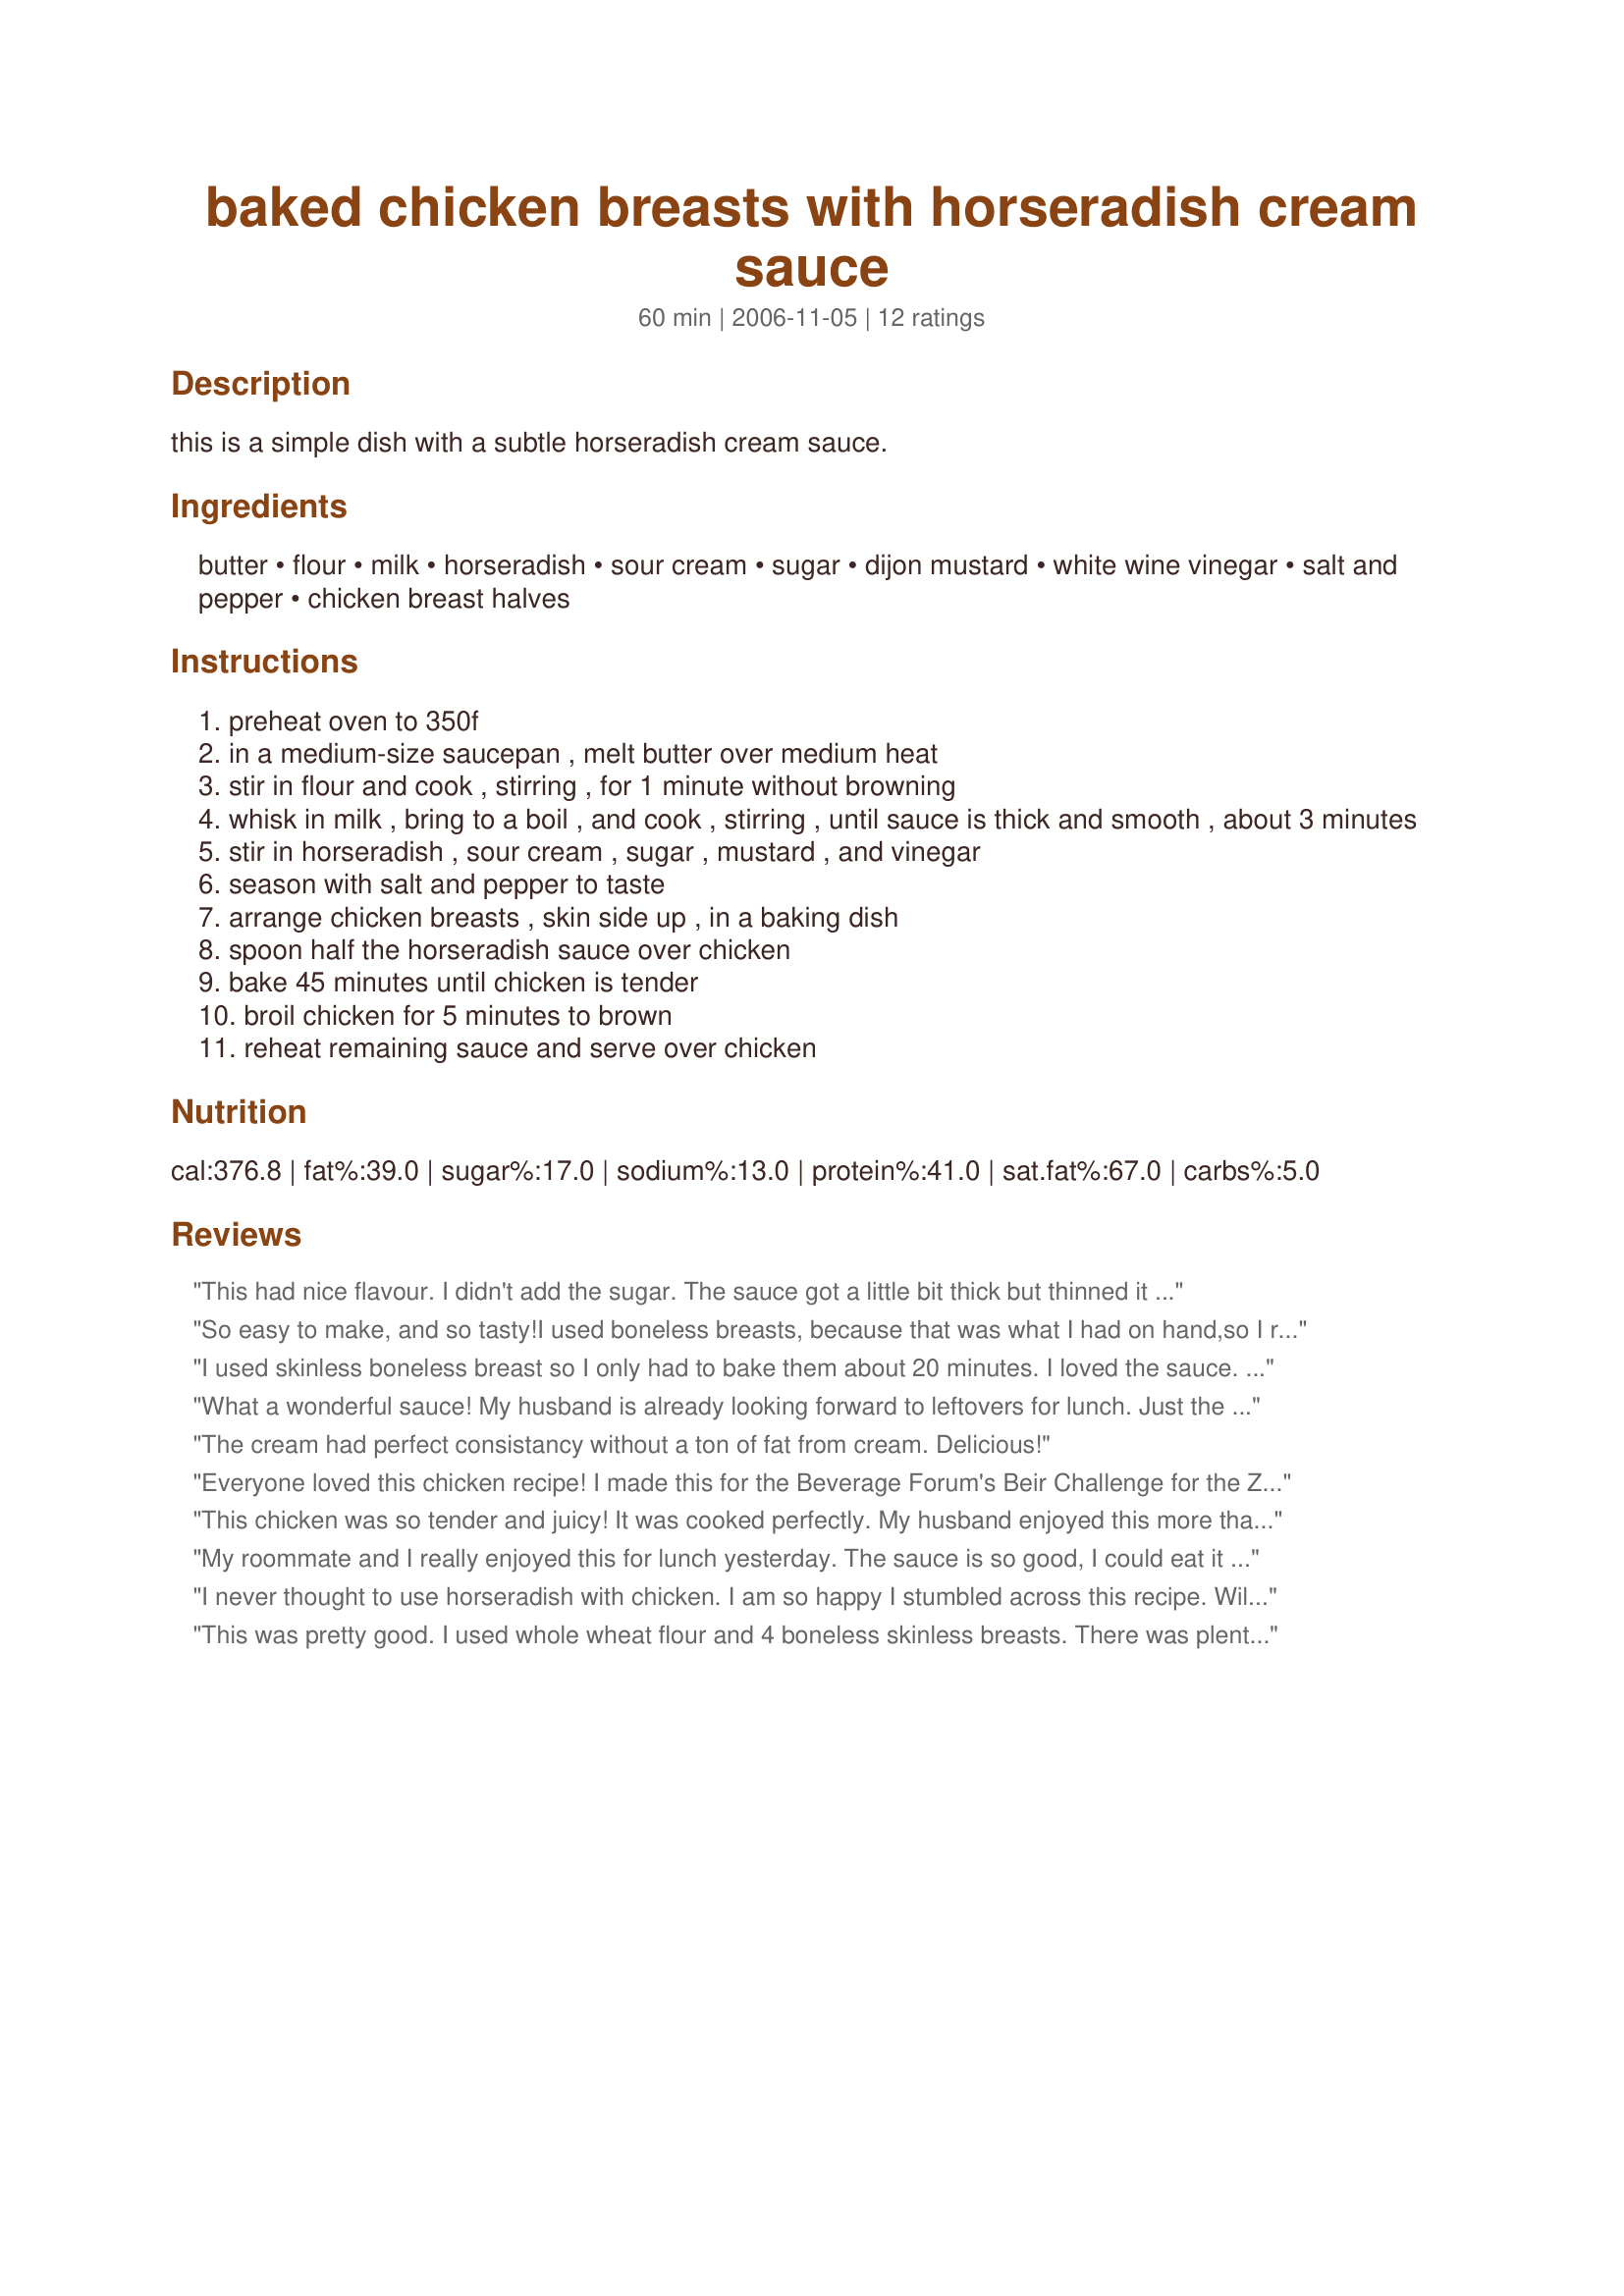
baked chicken breasts with horseradish cream sauce
Preparation time: 60 minutes

this is a simple dish with a subtle horseradish cream sauce.

Ingredients:
butter, flour, milk, horseradish, sour cream, sugar, dijon mustard, white wine vinegar, salt and pepper, chicken breast halves

Steps:
preheat oven to 350f
in a medium-size saucepan , melt butter over medium heat
stir in flour and cook , stirring , for 1 minute without browning
whisk in milk , bring to a boil , and cook , stirring , until sauce is thick and smooth , about 3 minutes
stir in horseradish , sour cream , sugar , mustard , and vinegar
season with salt and pepper to taste
arrange chicken breasts , skin side up , in a baking dish
spoon half the horseradish sauce over chicken
bake 45 minutes until chicken is tender
broil chicken for 5 minutes to brown
reheat remaining sauce and serve over chicken

Reviews:
This had nice flavour. I didn't add the sugar. The sauce got a little bit thick but thinned it out with a bit more milk. Nice meal on a cold day. I think next time I'll try it with a dry white wine instead of white wine vinegar.
So easy to make, and so tasty!I used boneless breasts, because that was what I had on hand,so I reduced the cooking time a bit. We love horseradish,and the hint of Dijon, compliments it perfectly.My sauce was a bit thck, so next time(and there will be a next time) I may use Heavy cream instead of milk, and cut back on the flour.Thanks lazyme, we will have this again! DH wants to try the sauce on steak!
I used skinless boneless breast so I only had to bake them about 20 minutes. I loved the sauce. It has a great kick to it without being overwhelming.
Thanks Lazyme!
What a wonderful sauce! My husband is already looking forward to leftovers for lunch. Just the right amount of everything for a beautiful flavor. Served this with mashed potatoes and it was great. Thanks for posting!
The cream had perfect consistancy without a ton of fat from cream. Delicious!
Everyone loved this chicken recipe! I made this for the Beverage Forum's Beir Challenge for the Zaar World Tour 4 so I used Vermouth instead of white wine vinegar. I followed everything else to the letter! The sauce was simply wonderful! We are big fans of horseradish so I used fresh horseradish instead of store-bought horseradish cream. Every bite was delightful. Our 6 year old devoured every last bite! Thanks lazyme!
This chicken was so tender and juicy! It was cooked perfectly. My husband enjoyed this more than I did...but he likes horseradish, I don't. (Gotta make stuff the hubby likes every once in a while ;) ) I was expecting to not like it at all, but it was better than I imagined it would be! From my husband, a horseradish lover, this chicken gets 4 stars :) Thanks for posting. Made for "I Recommend Tag Game"
My roommate and I really enjoyed this for lunch yesterday. The sauce is so good, I could eat it with a spoon! :) I am so glad I boiled up some pasta to serve with it, because it was so yummy with the sauce. I used one really big boneless skinless chicken breast, and ended up baking it for 30, using a probe thermometer to keep an eye on it. Thanks for posting! Made for ZWT4.
I never thought to use horseradish with chicken. I am so happy I stumbled across this recipe. Will be using it again and again.
This was pretty good. I used whole wheat flour and 4 boneless skinless breasts. There was plenty of sauce for 4 breasts instead of just 2. I skipped the broiling step. The sauce and cooking time creates a very tender, juicy chicken breast. The sauce was definitely horseradish flavor. With all of the other ingredients in the sauce, I would have liked for another flavor to come through. I have never had horseradish with anything but beef so it was a change from the usual chicken flavors.
We really enjoyed this. The sauce was delicious with just a subtle hint of horseradish. I tripled the recipe and it turned out fine. The only change was to use white cooking wine since I didn't have white wine vinegar. We will make this easy, satisfying meal again.
Well, I gotta admit that when I decided to make this recipe it was with a bit of trepedation, 'cause I have never been one to use horseradish in my cooking. However, a very close friend of mine loves it, so I was willing to give it a try, & now I'm definitely including this recipe in my chicken cookbook!! I was very pleased with the bit of a kick the sauce has, as well as the simplicity of the preparation, AND, my guests loved it! So, as far as my household is concerned, you've got a 4-Star recipe here!! Thanks for sharing it.
